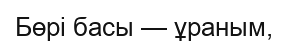
Бөрі басы — ұраным,